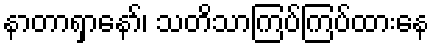
နာတာရှာနော်၊ သတိသာကြပ်ကြပ်ထားနေ